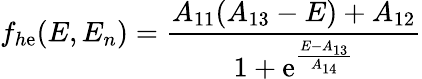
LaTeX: f_{h\mathrm{e}}(E,E_{n})=\frac{{A_{11}(A_{13}-E)+A_{12}}}{{1+\mathrm{e}^{\frac{{E-A_{13}}}{{A_{14}}}}}}